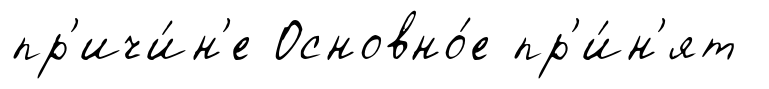
пр'ичи́н'е Основно́е пр'и́н'ят